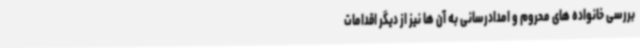
بررسی خانواده های محروم و امدادرسانی به آن ها نیز از دیگر اقدامات